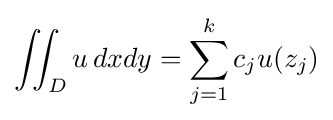
\iint _{D}u\,dxdy=\sum _{j=1}^{k}c_{j}u(z_{j})